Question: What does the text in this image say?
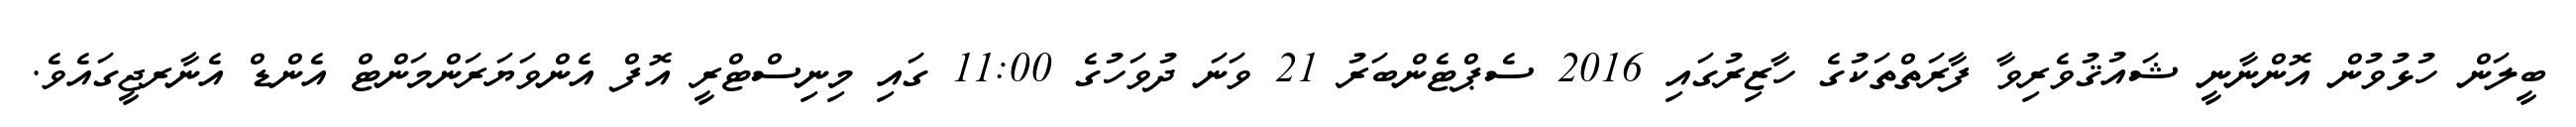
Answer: ބީލަން ހުޅުވުން އޮންނާނީ ޝައުޤުވެރިވާ ފާރަތްތަކުގެ ހާޒިރުގައި 2016 ސެޕްޓެންބަރު 21 ވަނަ ދުވަހުގެ 11:00 ގައި މިނިސްޓްރީ އޮފް އެންވަޔަރަންމަންޓް އެންޑް އެނާރޖީގައެވެ.